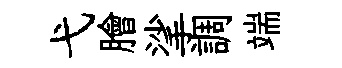
弋膾挲調端